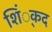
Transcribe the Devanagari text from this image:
शिं्कद